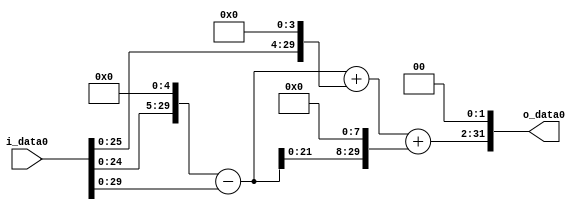
module multiplier_block (
    i_data0,
    o_data0
);

  // Port mode declarations:
  input   [31:0] i_data0;
  output  [31:0]
    o_data0;

  //Multipliers:

  wire [31:0]
    w1,
    w32,
    w31,
    w16,
    w47,
    w7936,
    w7983,
    w31932;

  assign w1 = i_data0;
  assign w16 = w1 << 4;
  assign w31 = w32 - w1;
  assign w31932 = w7983 << 2;
  assign w32 = w1 << 5;
  assign w47 = w31 + w16;
  assign w7936 = w31 << 8;
  assign w7983 = w47 + w7936;

  assign o_data0 = w31932;

  //multiplier_block area estimate = 5145.94082714265;
endmodule